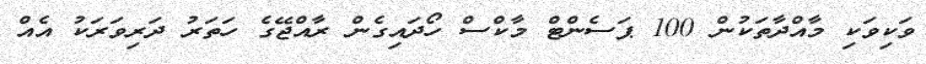
ވަކިވަކި މާއްދާތަކުން 100 ޕަސެންޓް މާކްސް ހޯދައިގެން ރާއްޖޭގެ ހަތަރު ދަރިވަރަކު އެއް